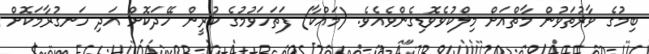
ބިމުގެ ވާރުތަވުން މާތްއަށް މިލްކުވެވޮޑިގެންވެއެވެ. (މައްކާ) ފަތަހަވުމުގެ ކުރީން ހޭދަކޮށް އަދި ހަނގުރާމަކޮށް